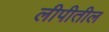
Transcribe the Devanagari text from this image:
लीपीतील